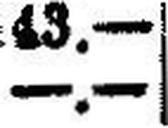
—.—